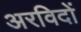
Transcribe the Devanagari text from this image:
अरविदों